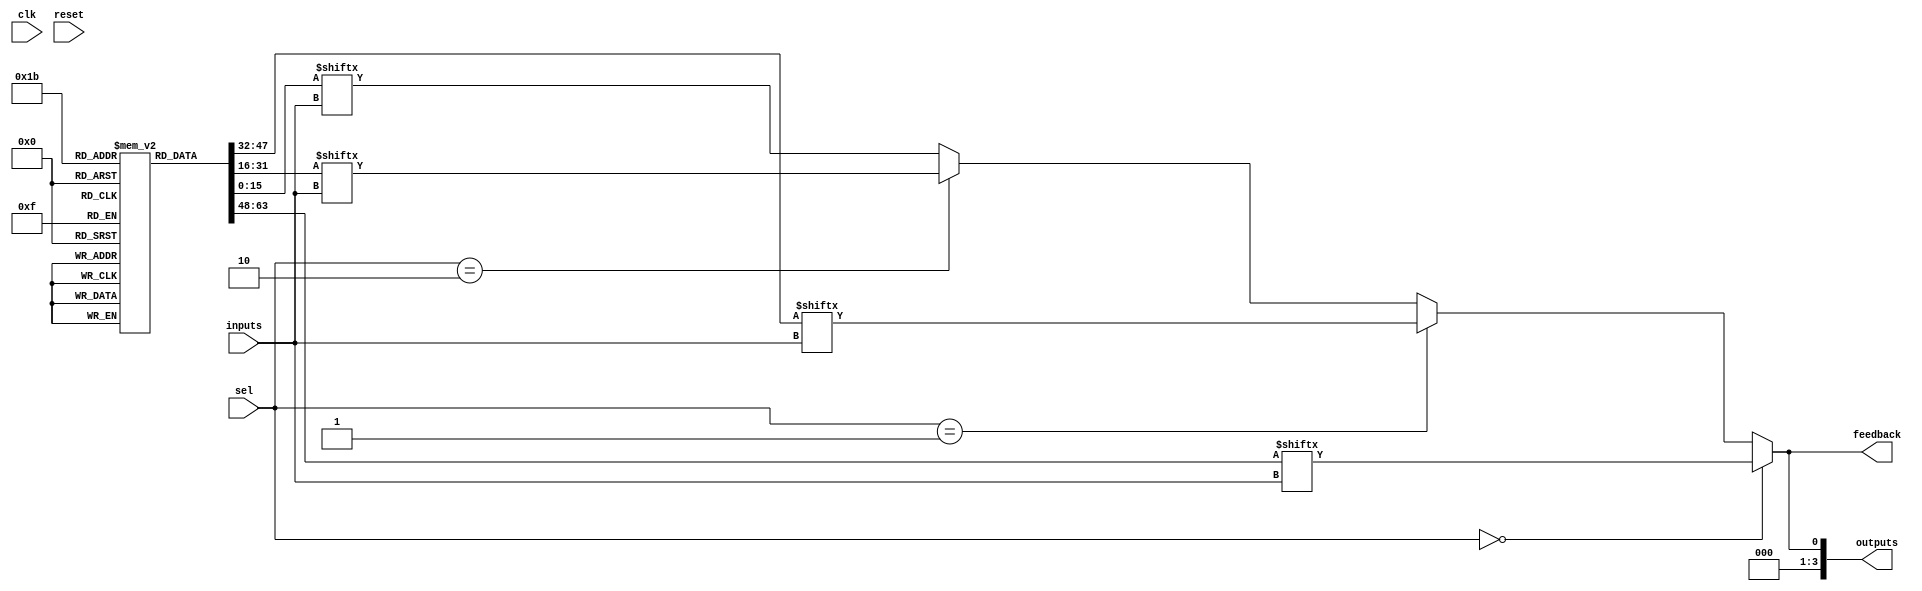
module CLB (
    input wire [3:0] inputs,        // 4 input lines
    input wire [1:0] sel,           // Selector for multiplexer
    input wire clk,                 // Global clock signal
    input wire reset,               // Global reset signal
    output wire [3:0] outputs,      // 4 output lines
    output wire feedback            // Feedback path
);

// Configuration memory for LUTs (example: 4 LUTs)
reg [15:0] lut [3:0]; // 4 LUTs with 16 entries each

// Initialize LUTs (example configurations)
initial begin
    lut[0] = 16'b0000000000000001; // LUT0: AND function
    lut[1] = 16'b0000000000000010; // LUT1: OR function
    lut[2] = 16'b0000000000000100; // LUT2: NOT function
    lut[3] = 16'b0000000000001000; // LUT3: XOR function
end

// Logic function units
wire [3:0] lut_outputs;
assign lut_outputs[0] = lut[0][inputs]; // LUT0 output
assign lut_outputs[1] = lut[1][inputs]; // LUT1 output
assign lut_outputs[2] = lut[2][inputs]; // LUT2 output
assign lut_outputs[3] = lut[3][inputs]; // LUT3 output

// Multiplexer to select output from LUTs
wire [3:0] mux_out;
assign mux_out = (sel == 2'b00) ? lut_outputs[0] :
                 (sel == 2'b01) ? lut_outputs[1] :
                 (sel == 2'b10) ? lut_outputs[2] :
                                  lut_outputs[3]; // Default to LUT3

// Feedback path
assign feedback = mux_out[0]; // Example feedback from the first output

// Output lines
assign outputs = mux_out;

// Reset logic (optional)
always @(posedge clk or posedge reset) begin
    if (reset) begin
        // Reset logic can be implemented here if needed
    end
end

endmodule